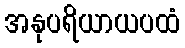
အနုပရိယာယပထံ